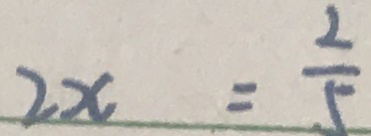
2 x = \frac { 2 } { 5 }